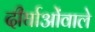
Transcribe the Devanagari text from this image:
दीर्घाओंवाले